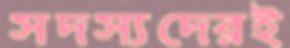
সদস্যদেরই